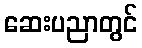
ဆေးပညာတွင်